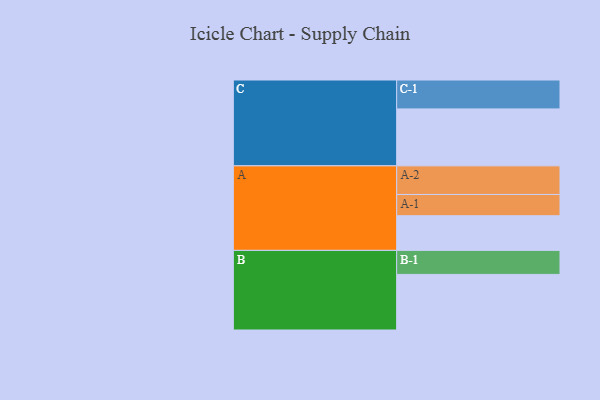
{"axis": {"x": "Segment", "y": "Value"}, "legend": ["", "A", "B", "C"], "data": [{"x": "A", "y": 339, "type": ""}, {"x": "B", "y": 544, "type": ""}, {"x": "C", "y": 557, "type": ""}, {"x": "A-1", "y": 208, "type": "A"}, {"x": "A-2", "y": 280, "type": "A"}, {"x": "B-1", "y": 235, "type": "B"}, {"x": "C-1", "y": 283, "type": "C"}]}